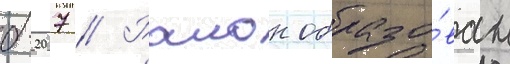
б-207 // Раион образо́ван